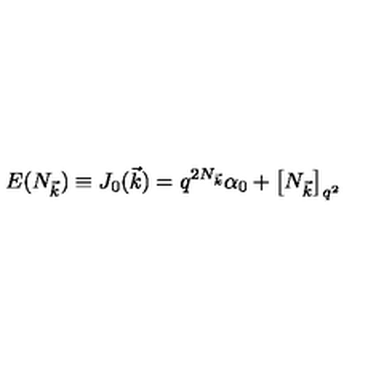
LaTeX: E ( N _ { \vec { k } } ) \equiv J _ { 0 } ( \vec { k } ) = q ^ { 2 N _ { \vec { k } } } \alpha _ { 0 } + \left[ N _ { \vec { k } } \right] _ { q ^ { 2 } }